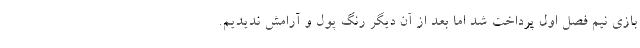
بازی نیم فصل اول پرداخت شد اما بعد از آن دیگر رنگ پول و آرامش ندیدیم.